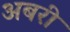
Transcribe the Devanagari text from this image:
अबरी